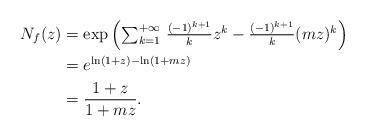
LaTeX: \begin{align*} N_f(z)&=\exp\left(\textstyle\sum_{k=1}^{+\infty} \, \frac{(-1)^{k+1}}{k}z^k - \frac{(-1)^{k+1}}{k}(mz)^k\right) \\ &= e^{\ln(1+z) - \ln(1+mz)} \\ &= \dfrac{1+z}{1+mz}. \end{align*}